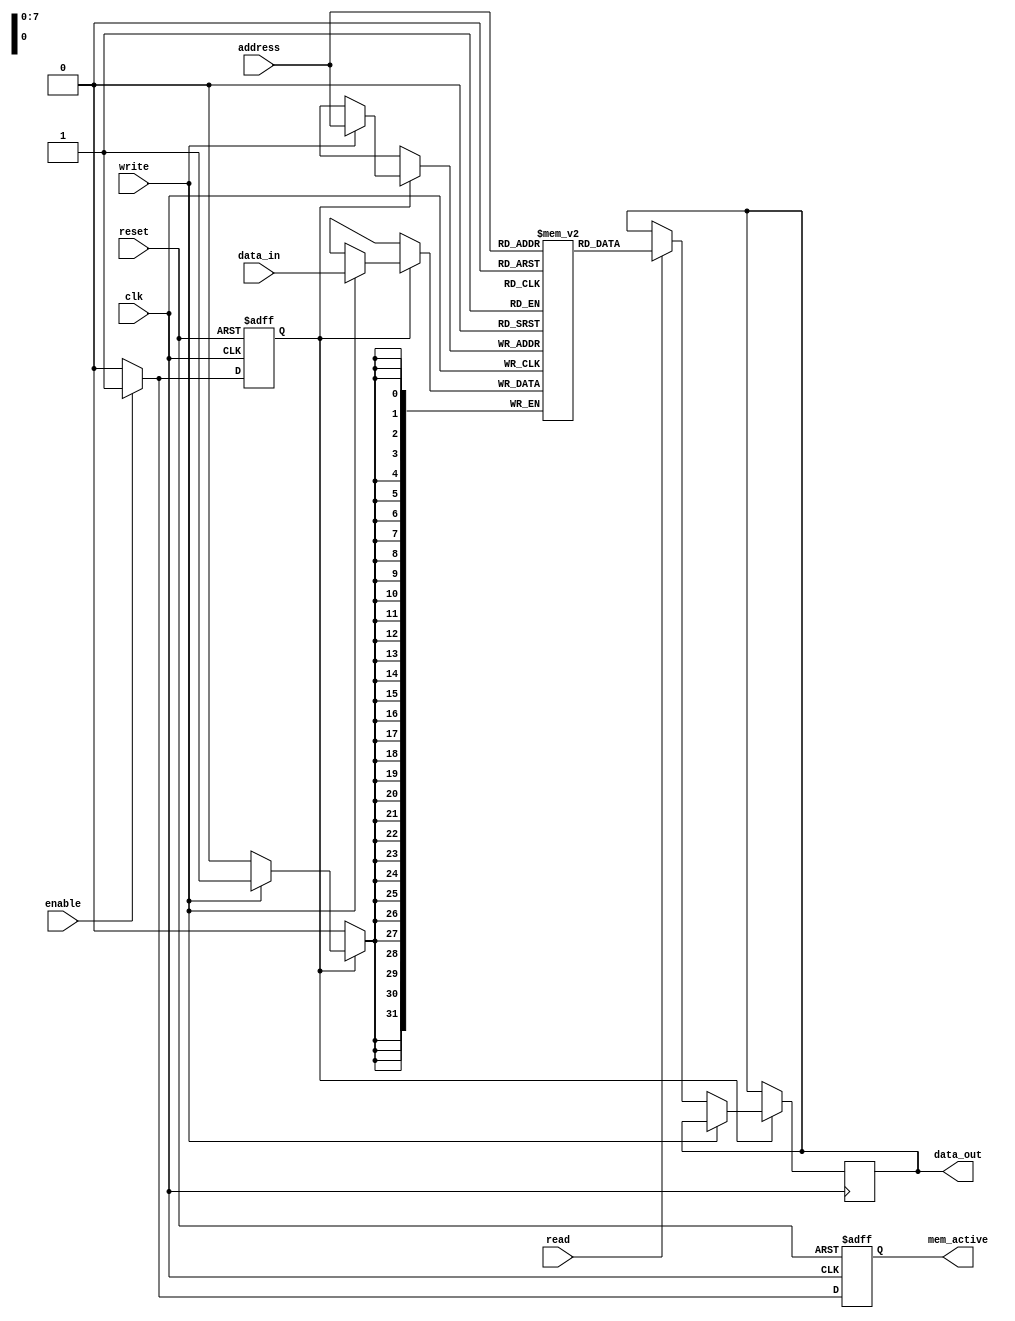
module memory_block_control(
    input wire clk,              // System clock
    input wire reset,            // Synchronous reset
    input wire enable,           // Enable signal for the memory block
    input wire read,             // Read control signal
    input wire write,            // Write control signal
    input wire [7:0] address,    // Address for memory access
    input wire [31:0] data_in,   // Data input for write operations
    output reg [31:0] data_out,   // Data output for read operations
    output reg mem_active        // Indicator if memory block is active
);

    // Memory array (for example, 256 x 32-bit memory)
    reg [31:0] memory [0:255];

    // State for power management
    reg power_state;

    // Gating logic based on control signals
    always @(posedge clk or posedge reset) begin
        if (reset) begin
            mem_active <= 1'b0;
            power_state <= 1'b0; // Memory block in low-power state
        end else if (enable) begin
            mem_active <= 1'b1;
            power_state <= 1'b1; // Power up memory block
        end else if (!enable) begin
            mem_active <= 1'b0;
            power_state <= 1'b0; // Power down memory block
        end
    end

    // Memory operations
    always @(posedge clk) begin
        if (power_state) begin // Only perform operations if the block is powered on
            if (write) begin
                memory[address] <= data_in; // Write data to memory
            end else if (read) begin
                data_out <= memory[address]; // Read data from memory
            end
        end
    end

    // Automatic power management (optional)
    // Add logic to disable memory block after inactivity if required

endmodule